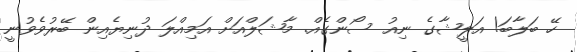
ހޭ ބަލާބަ! އަލީޝާގެ ނިއު ސޯންގެއް. މާޝަލްއަށް އަމިއްލަ ދުނިޔެއިން ބޭރުވެވުނީ